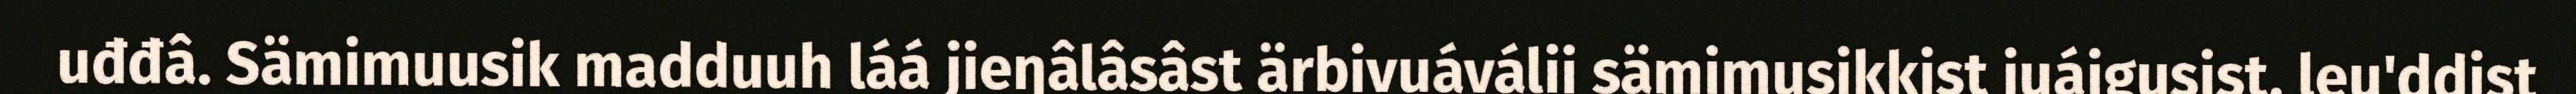
uđđâ. Sämimuusik madduuh láá jieŋâlâsâst ärbivuáválii sämimusikkist juáigusist, leu'ddist